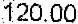
120.00